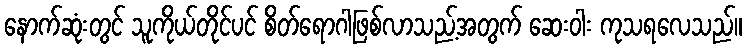
နောက်ဆုံးတွင် သူကိုယ်တိုင်ပင် စိတ်ရောဂါဖြစ်လာသည့်အတွက် ဆေးဝါး ကုသရလေသည်။